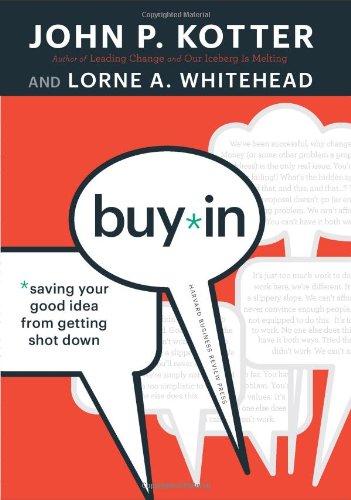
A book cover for Buy-In: Saving Your Good Idea from Getting Shot Down; John P. Kotter; Business & Money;